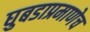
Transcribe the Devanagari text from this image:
घुबडाप्रमाणेच